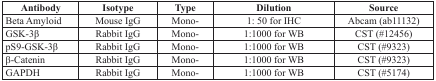
<table><thead><tr><td><b>Antibody</b></td><td><b>Isotype</b></td><td><b>Type</b></td><td><b>Dilution</b></td><td><b>Source</b></td></tr></thead><tbody><tr><td>Beta Amyloid</td><td>Mouse IgG</td><td>Mono-</td><td>1: 50 for IHC</td><td>Abcam (ab11132)</td></tr><tr><td>GSK-3β</td><td>Rabbit IgG</td><td>Mono-</td><td>1:1000 for WB</td><td>CST (#12456)</td></tr><tr><td>pS9-GSK-3β</td><td>Rabbit IgG</td><td>Mono-</td><td>1:1000 for WB</td><td>CST (#9323)</td></tr><tr><td>β-Catenin</td><td>Rabbit IgG</td><td>Mono-</td><td>1:1000 for WB</td><td>CST (#9323)</td></tr><tr><td>GAPDH</td><td>Rabbit IgG</td><td>Mono-</td><td>1:1000 for WB</td><td>CST (#5174)</td></tr></tbody></table>